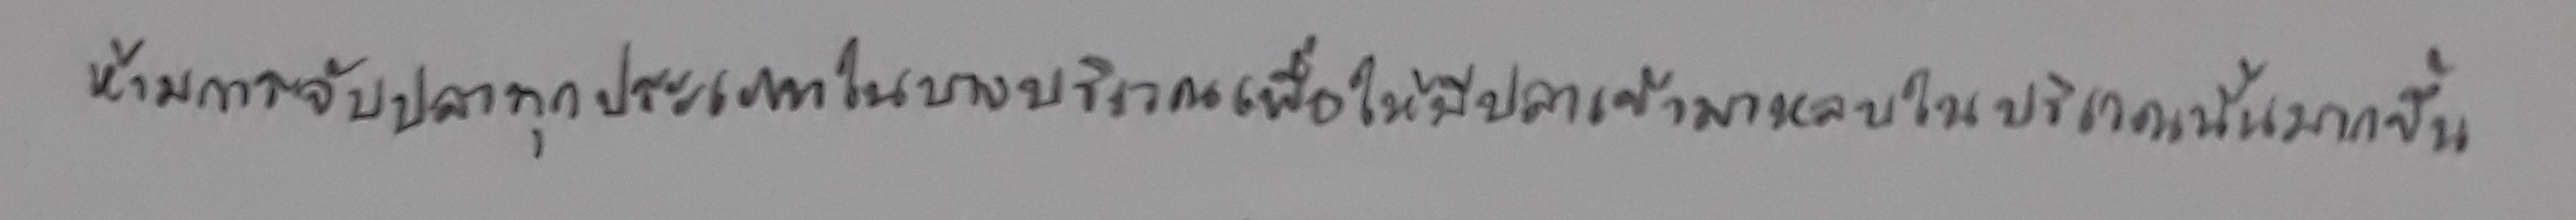
ห้ามการจับปลาทุกประเภทในบางบริเวณเพื่อให้มีปลาเข้ามาหลบในบริเวณนั้นมากขึ้น